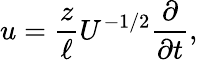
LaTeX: u=\frac{z}{\ell}U^{-1/2}\frac{\partial}{\partial t},